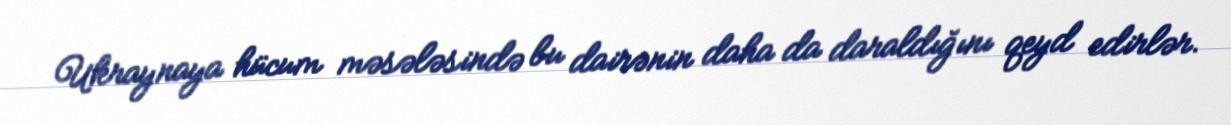
Ukraynaya hücum məsələsində bu dairənin daha da daraldığını qeyd edirlər.